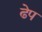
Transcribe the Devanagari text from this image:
ढेप